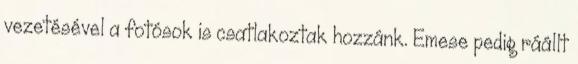
vezetésével a fotósok is csatlakoztak hozzánk. Emese pedig ráállt